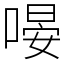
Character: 𠹵